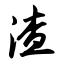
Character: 渣